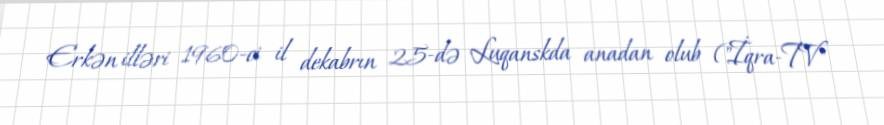
Erkən illəri 1960-ci il dekabrın 25-də Luqanskda anadan olub ("İqra-TV"